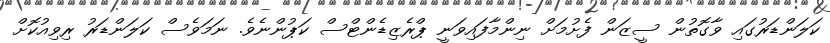
ކަލަންޑަރުގައި ވާގޮތުން ސީޒަން ފެށުމަށް ނިންމާފައިވަނީ ޕްރެޒިޑެންޓްސް ކަޕުންނެވެ. ނަމަވެސް ކަލަންޑަރު ރިވިއުކޮށް